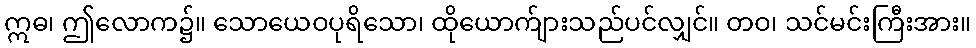
ဣဓ၊ ဤလောက၌။ သောယေဝပုရိသော၊ ထိုယောက်ျားသည်ပင်လျှင်။ တဝ၊ သင်မင်းကြီးအား။